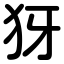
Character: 犽